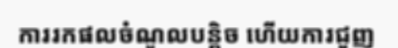
ការរកផលចំណូលបន្តិច ហើយការជួញ